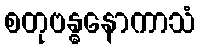
စတုဗန္ဓနောကာသံ